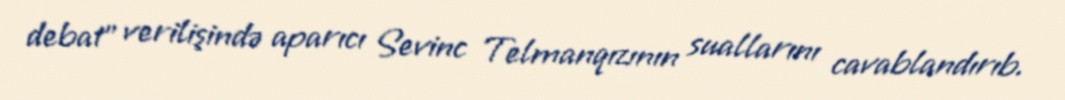
debat" verilişində aparıcı Sevinc Telmanqızının suallarını cavablandırıb.